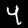
Digit: 4